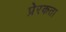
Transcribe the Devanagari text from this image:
प्रेरकता